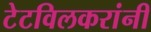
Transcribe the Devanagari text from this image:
टेटविलकरांनी